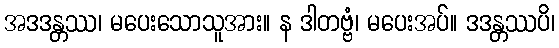
အဒဒန္တဿ၊ မပေးသောသူအား။ န ဒါတဗ္ဗံ၊ မပေးအပ်။ ဒဒန္တဿပိ၊